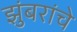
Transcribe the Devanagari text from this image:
झुंबरांचे